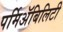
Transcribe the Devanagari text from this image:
पर्मिअॅबिलिटी